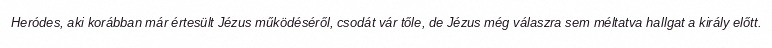
Heródes, aki korábban már értesült Jézus működéséről, csodát vár tőle, de Jézus még válaszra sem méltatva hallgat a király előtt.